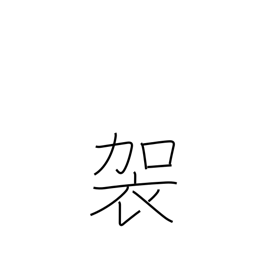
Meaning: a coarse camlet